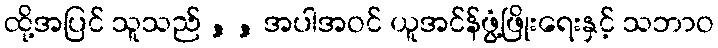
ထို့အပြင် သူသည် , , အပါအဝင် ယူအင်န်ဖွံ့ဖြိုးရေးနှင့် သဘာဝ